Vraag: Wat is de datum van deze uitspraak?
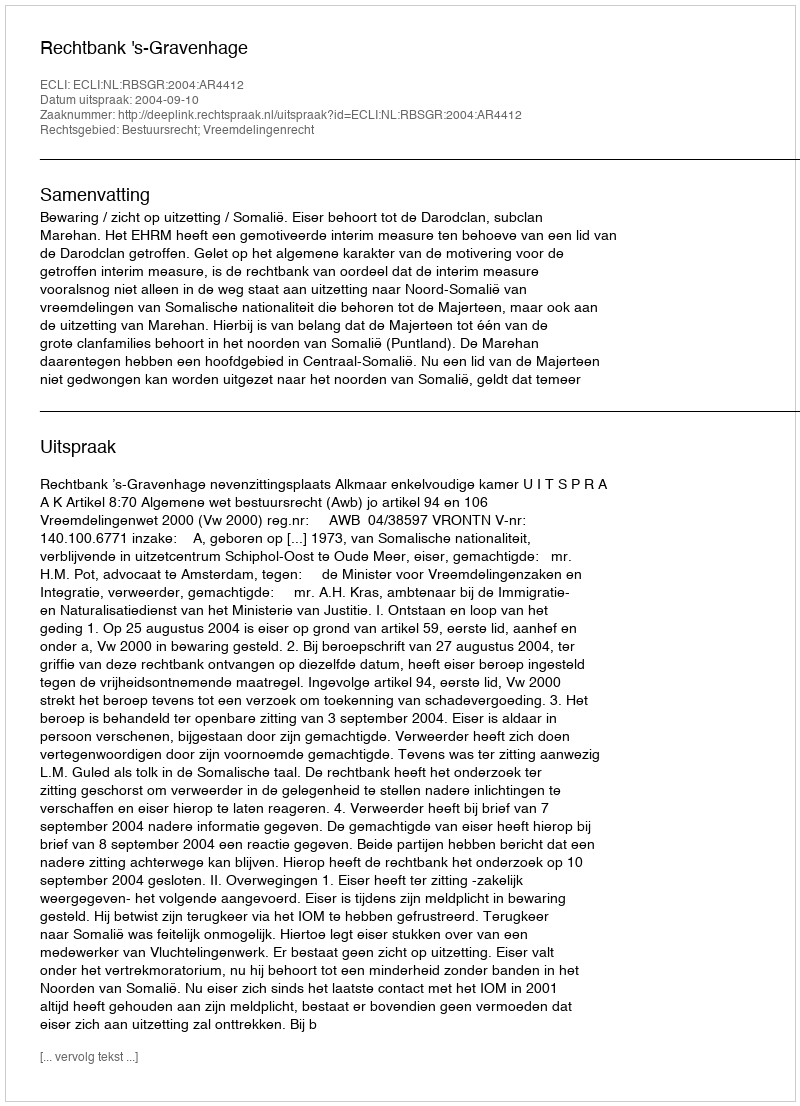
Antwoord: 2004-09-10